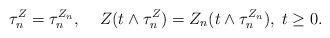
LaTeX: \begin{align*} \tau_n^Z = \tau_n^{Z_n},\;\;\;\; Z(t \wedge \tau_n^Z ) = Z_n(t \wedge \tau_n^{Z_n} ),\; t \ge 0.\end{align*}